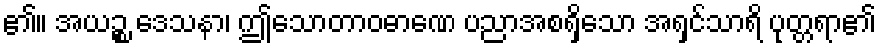
၏။ အယဉ္စ ဒေသနာ၊ ဤသောတာဝဓာဏေ ပညာအစရှိသော အရှင်သာရိ ပုတ္တရာ၏